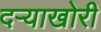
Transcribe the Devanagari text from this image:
दऱ्‍याखोरी